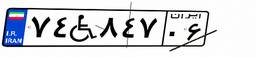
۷۴W۸۴۷۰۶